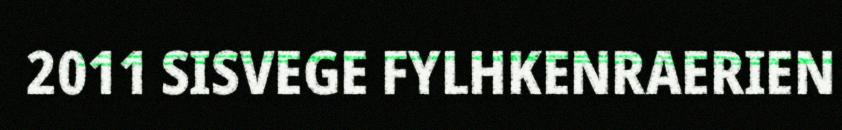
2011 SISVEGE FYLHKENRAERIEN